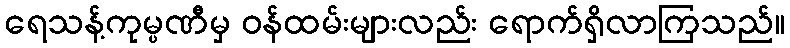
ရေသန့်ကုမ္ပဏီမှ ဝန်ထမ်းများလည်း ရောက်ရှိလာကြသည်။